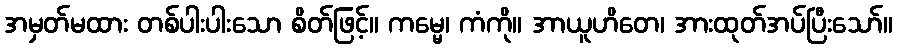
အမှတ်မထား တစ်ပါးပါးသော စိတ်ဖြင့်။ ကမ္မေ၊ ကံကို။ အာယူဟိတေ၊ အားထုတ်အပ်ပြီးသော်။